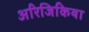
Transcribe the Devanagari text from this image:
अरिजिकिया